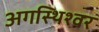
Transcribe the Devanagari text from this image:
अगस्थिश्वर